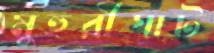
মুহুরীঘাট